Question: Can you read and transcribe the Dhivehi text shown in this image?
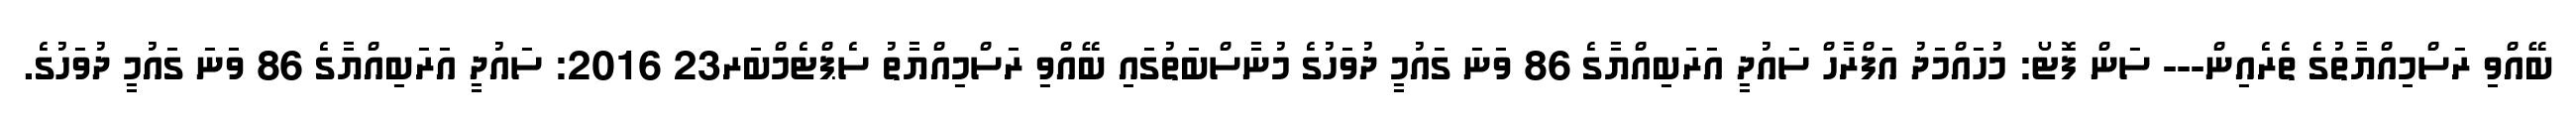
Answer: ބޭއްވި ރަސްމިއްޔާތުގެ ތެރެއިން--- ސަން ފޮޓޯ: މުހައްމަދު އަފްރާހް ސައުދީ އަރަބިއްޔާގެ 86 ވަނަ ގައުމީ ދުވަހުގެ މުނާސްބަތުގައި ބޭއްވި ރަސްމިއްޔާތު ސެޕްޓެމްބަރ23 2016: ސައުދީ އަރަބިއްޔާގެ 86 ވަނަ ގައުމީ ދުވަހުގެ.